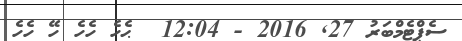
ސެޕްޓެމްބަރު 27